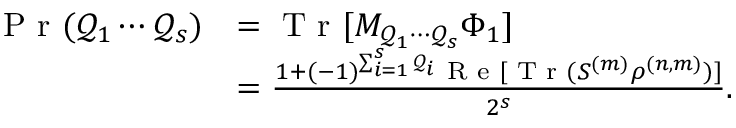
\begin{array} { r l } { \textrm { P r } ( \mathcal { Q } _ { 1 } \cdots \mathcal { Q } _ { s } ) } & { = \textrm { T r } [ M _ { \mathcal { Q } _ { 1 } \cdots \mathcal { Q } _ { s } } \Phi _ { 1 } ] } \\ & { = \frac { 1 + ( - 1 ) ^ { \sum _ { i = 1 } ^ { s } \mathcal { Q } _ { i } } \textrm { R e } [ \textrm { T r } ( S ^ { ( m ) } \rho ^ { ( n , m ) } ) ] } { 2 ^ { s } } . } \end{array}